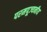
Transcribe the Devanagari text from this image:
परमपूज्‍यनीय